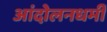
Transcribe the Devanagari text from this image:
आंदोलनधर्मी